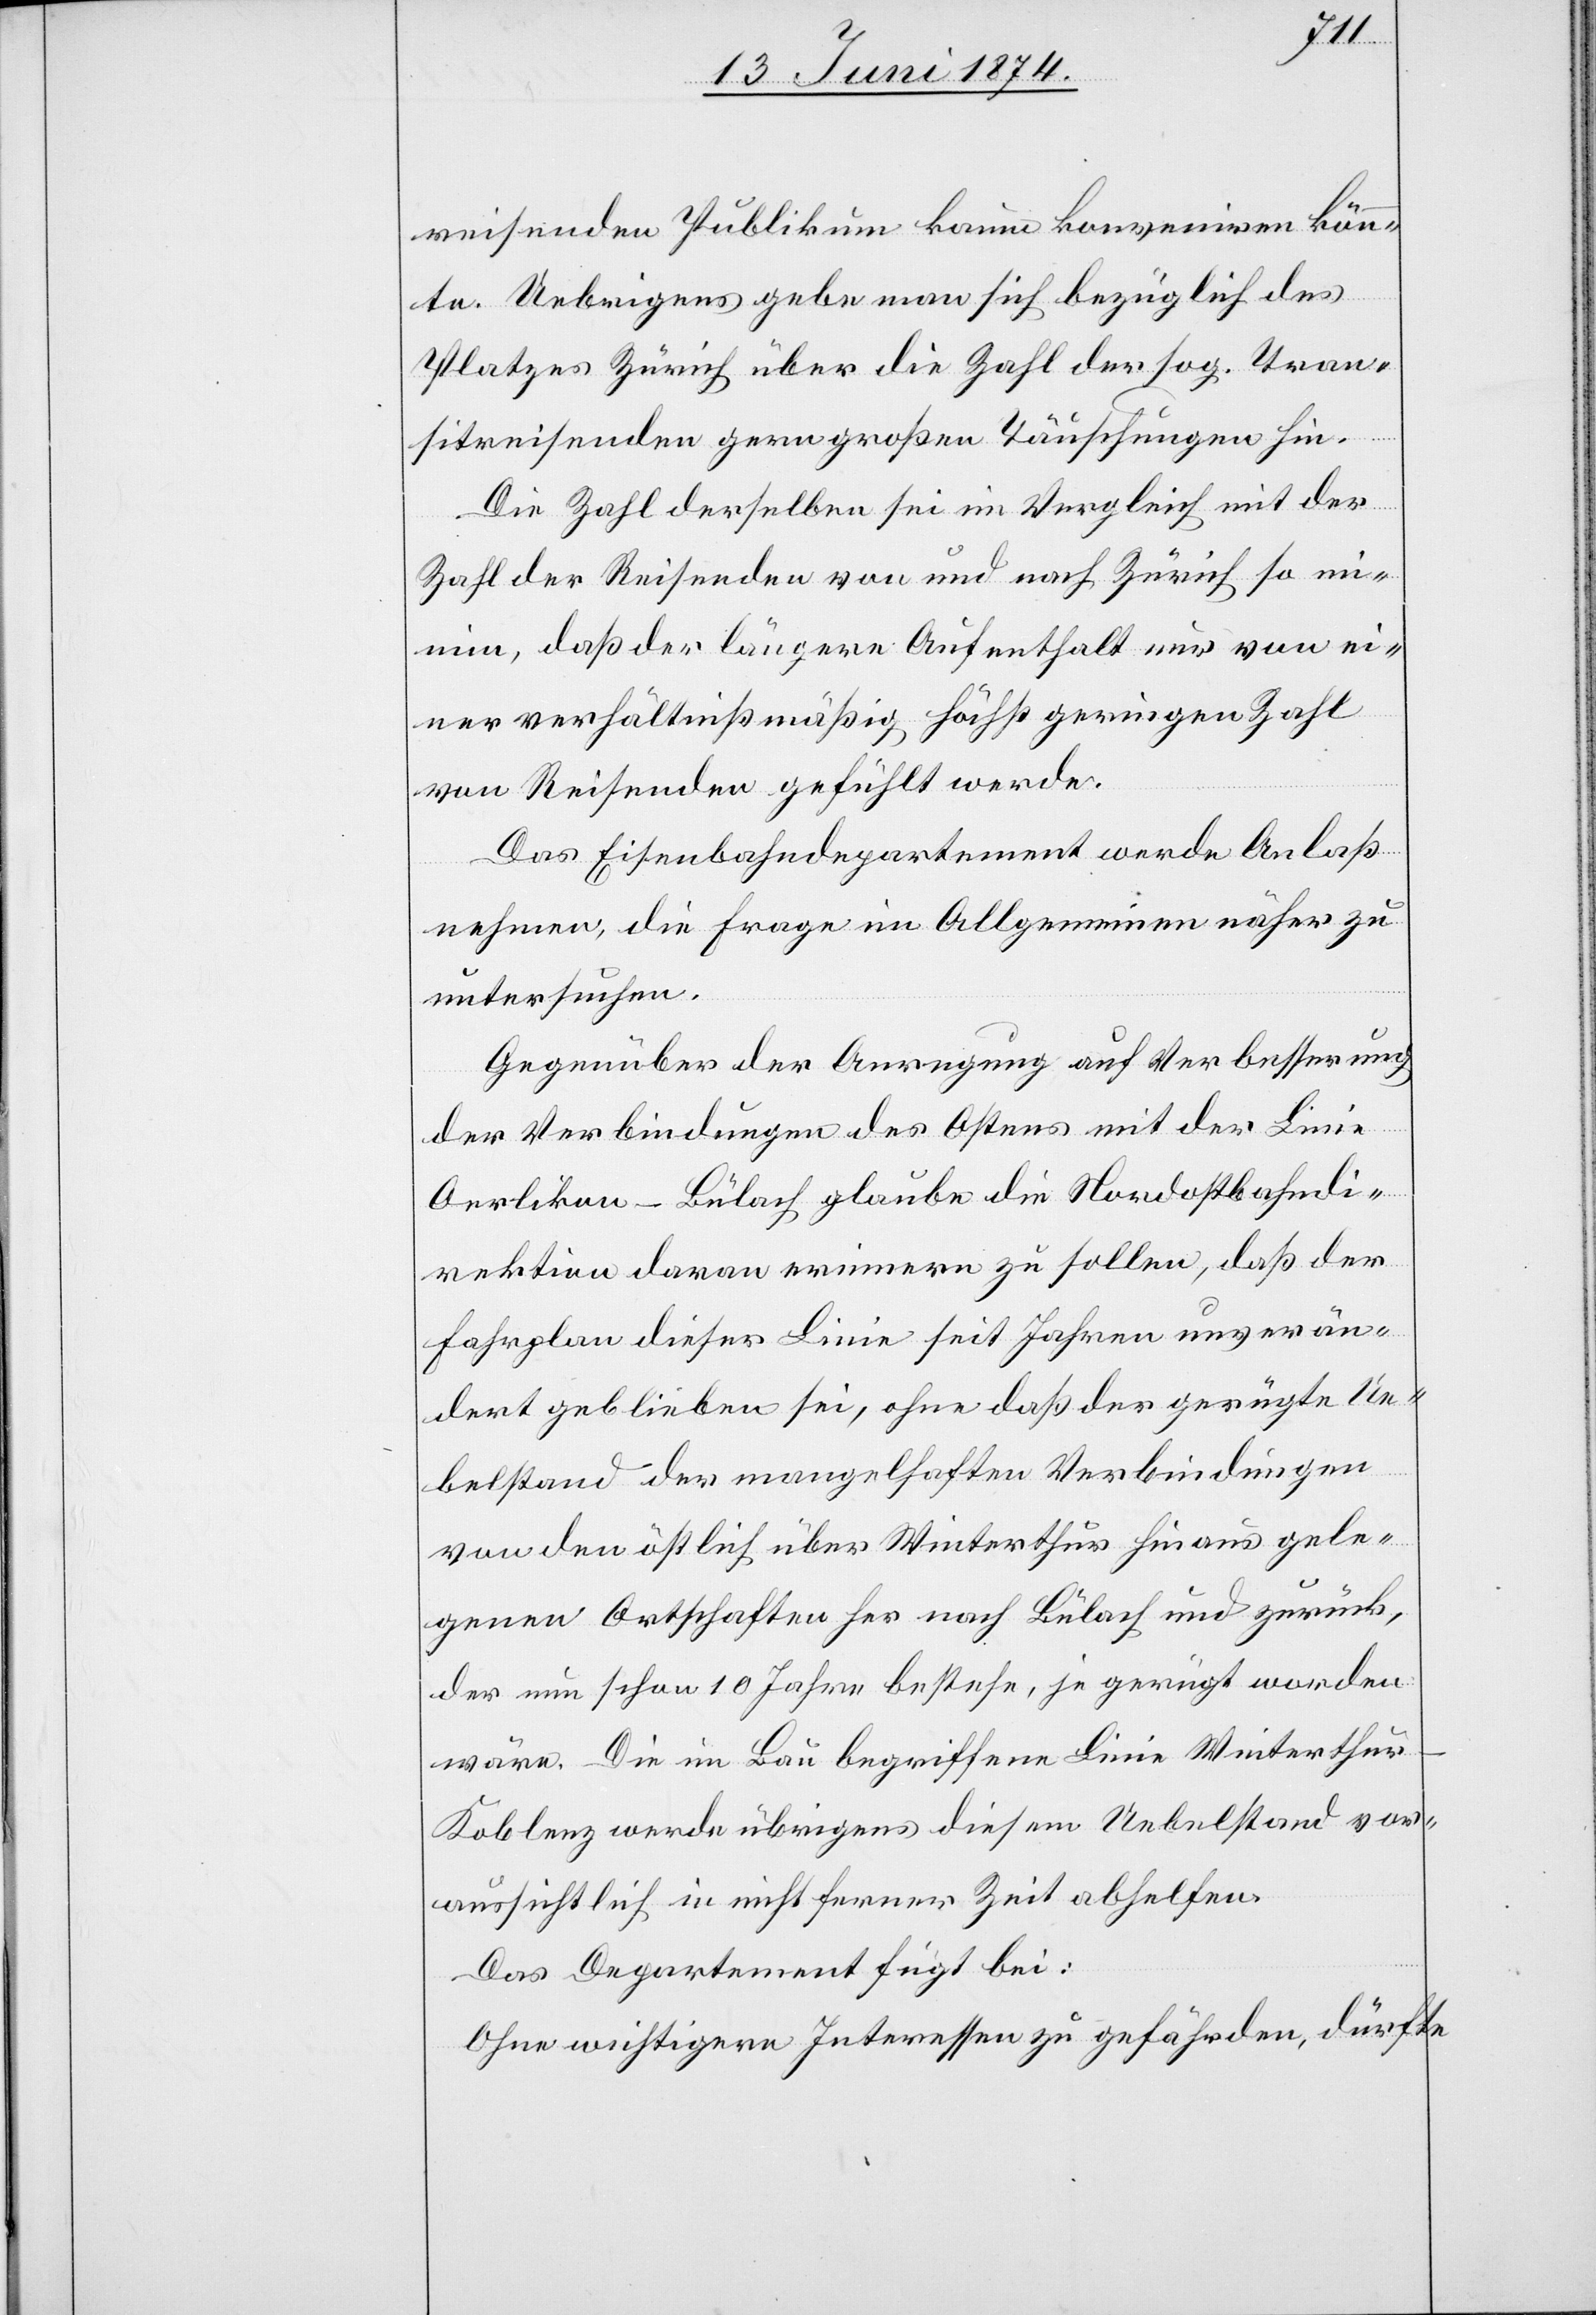
reisenden Publikum kaum konveniren könn¬
te. Uebrigens gebe man sich bezüglich des
Platzes Zürich über die Zahl der sog. Tran¬
sitreisenden gern großen Täuschungen hin.
Die Zahl derselben sei im Vergleich mit der
Zahl der Reisenden von und nach Zürich so mi¬
nim, daß der längere Aufenthalt nur von ei¬
ner verhältnißmäßig höchst geringen Zahl
von Reisenden gefühlt werde.
Das Eisenbahndepartement werde Anlaß
nehmen, die Frage im Allgemeinen näher zu
untersuchen.
Gegenüber der Anregung auf Verbesserung
der Verbindungen des Ostens mit der Linie
Oerlikon-Bülach glaube die Nordostbahndi¬
rektion daran erinnern zu sollen, daß der
Fahrplan dieser Linie seit Jahren unverän¬
dert geblieben sei, ohne daß der gerügte Ue¬
belstand der mangelhaften Verbindungen
von den östlich über Winterthur hinaus gele¬
genen Ortschaften her nach Bülach und zurück,
der nun schon 10 Jahre bestehe, je gerügt worden
wäre. Die im Bau begriffene Linie Winterthu¬
r-Koblenz werde übrigens diesem Uebelstand vor¬
aussichtlich in nicht ferner Zeit abhelfen.
Das Departement fügt bei:
Ohne wichtigere Interessen zu gefährden, dürfte